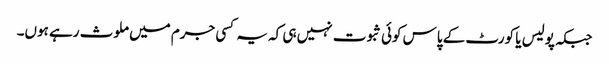
جبکہ پولیس یا کورٹ کے پاس کوئی ثبوت نہیں ہی کہ یہ کسی جرم میں ملوث رہے ہوں۔